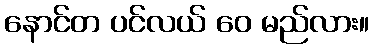
နောင်တ ပင်လယ် ဝေ မည်လား။